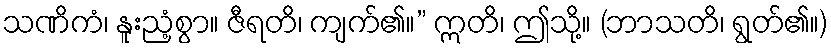
သဏိကံ၊ နူးညံ့စွာ။ ဇီရတိ၊ ကျက်၏။” ဣတိ၊ ဤသို့။ (ဘာသတိ၊ ရွတ်၏။)